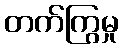
တက်ကြွမှု